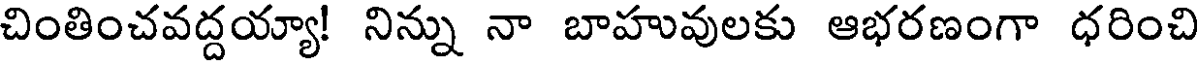
చింతించవద్దయ్యా! నిన్ను నా బాహువులకు ఆభరణంగా ధరించి